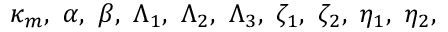
\kappa _ { m } , ~ \alpha , ~ \beta , ~ \Lambda _ { 1 } , ~ \Lambda _ { 2 } , ~ \Lambda _ { 3 } , ~ \zeta _ { 1 } , ~ \zeta _ { 2 } , ~ \eta _ { 1 } , ~ \eta _ { 2 } ,